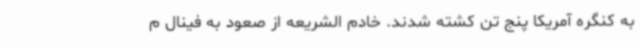
به کنگره آمریکا پنج تن کشته شدند. خادم الشریعه از صعود به فینال م